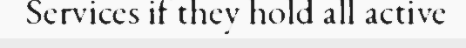
Services if they hold all active